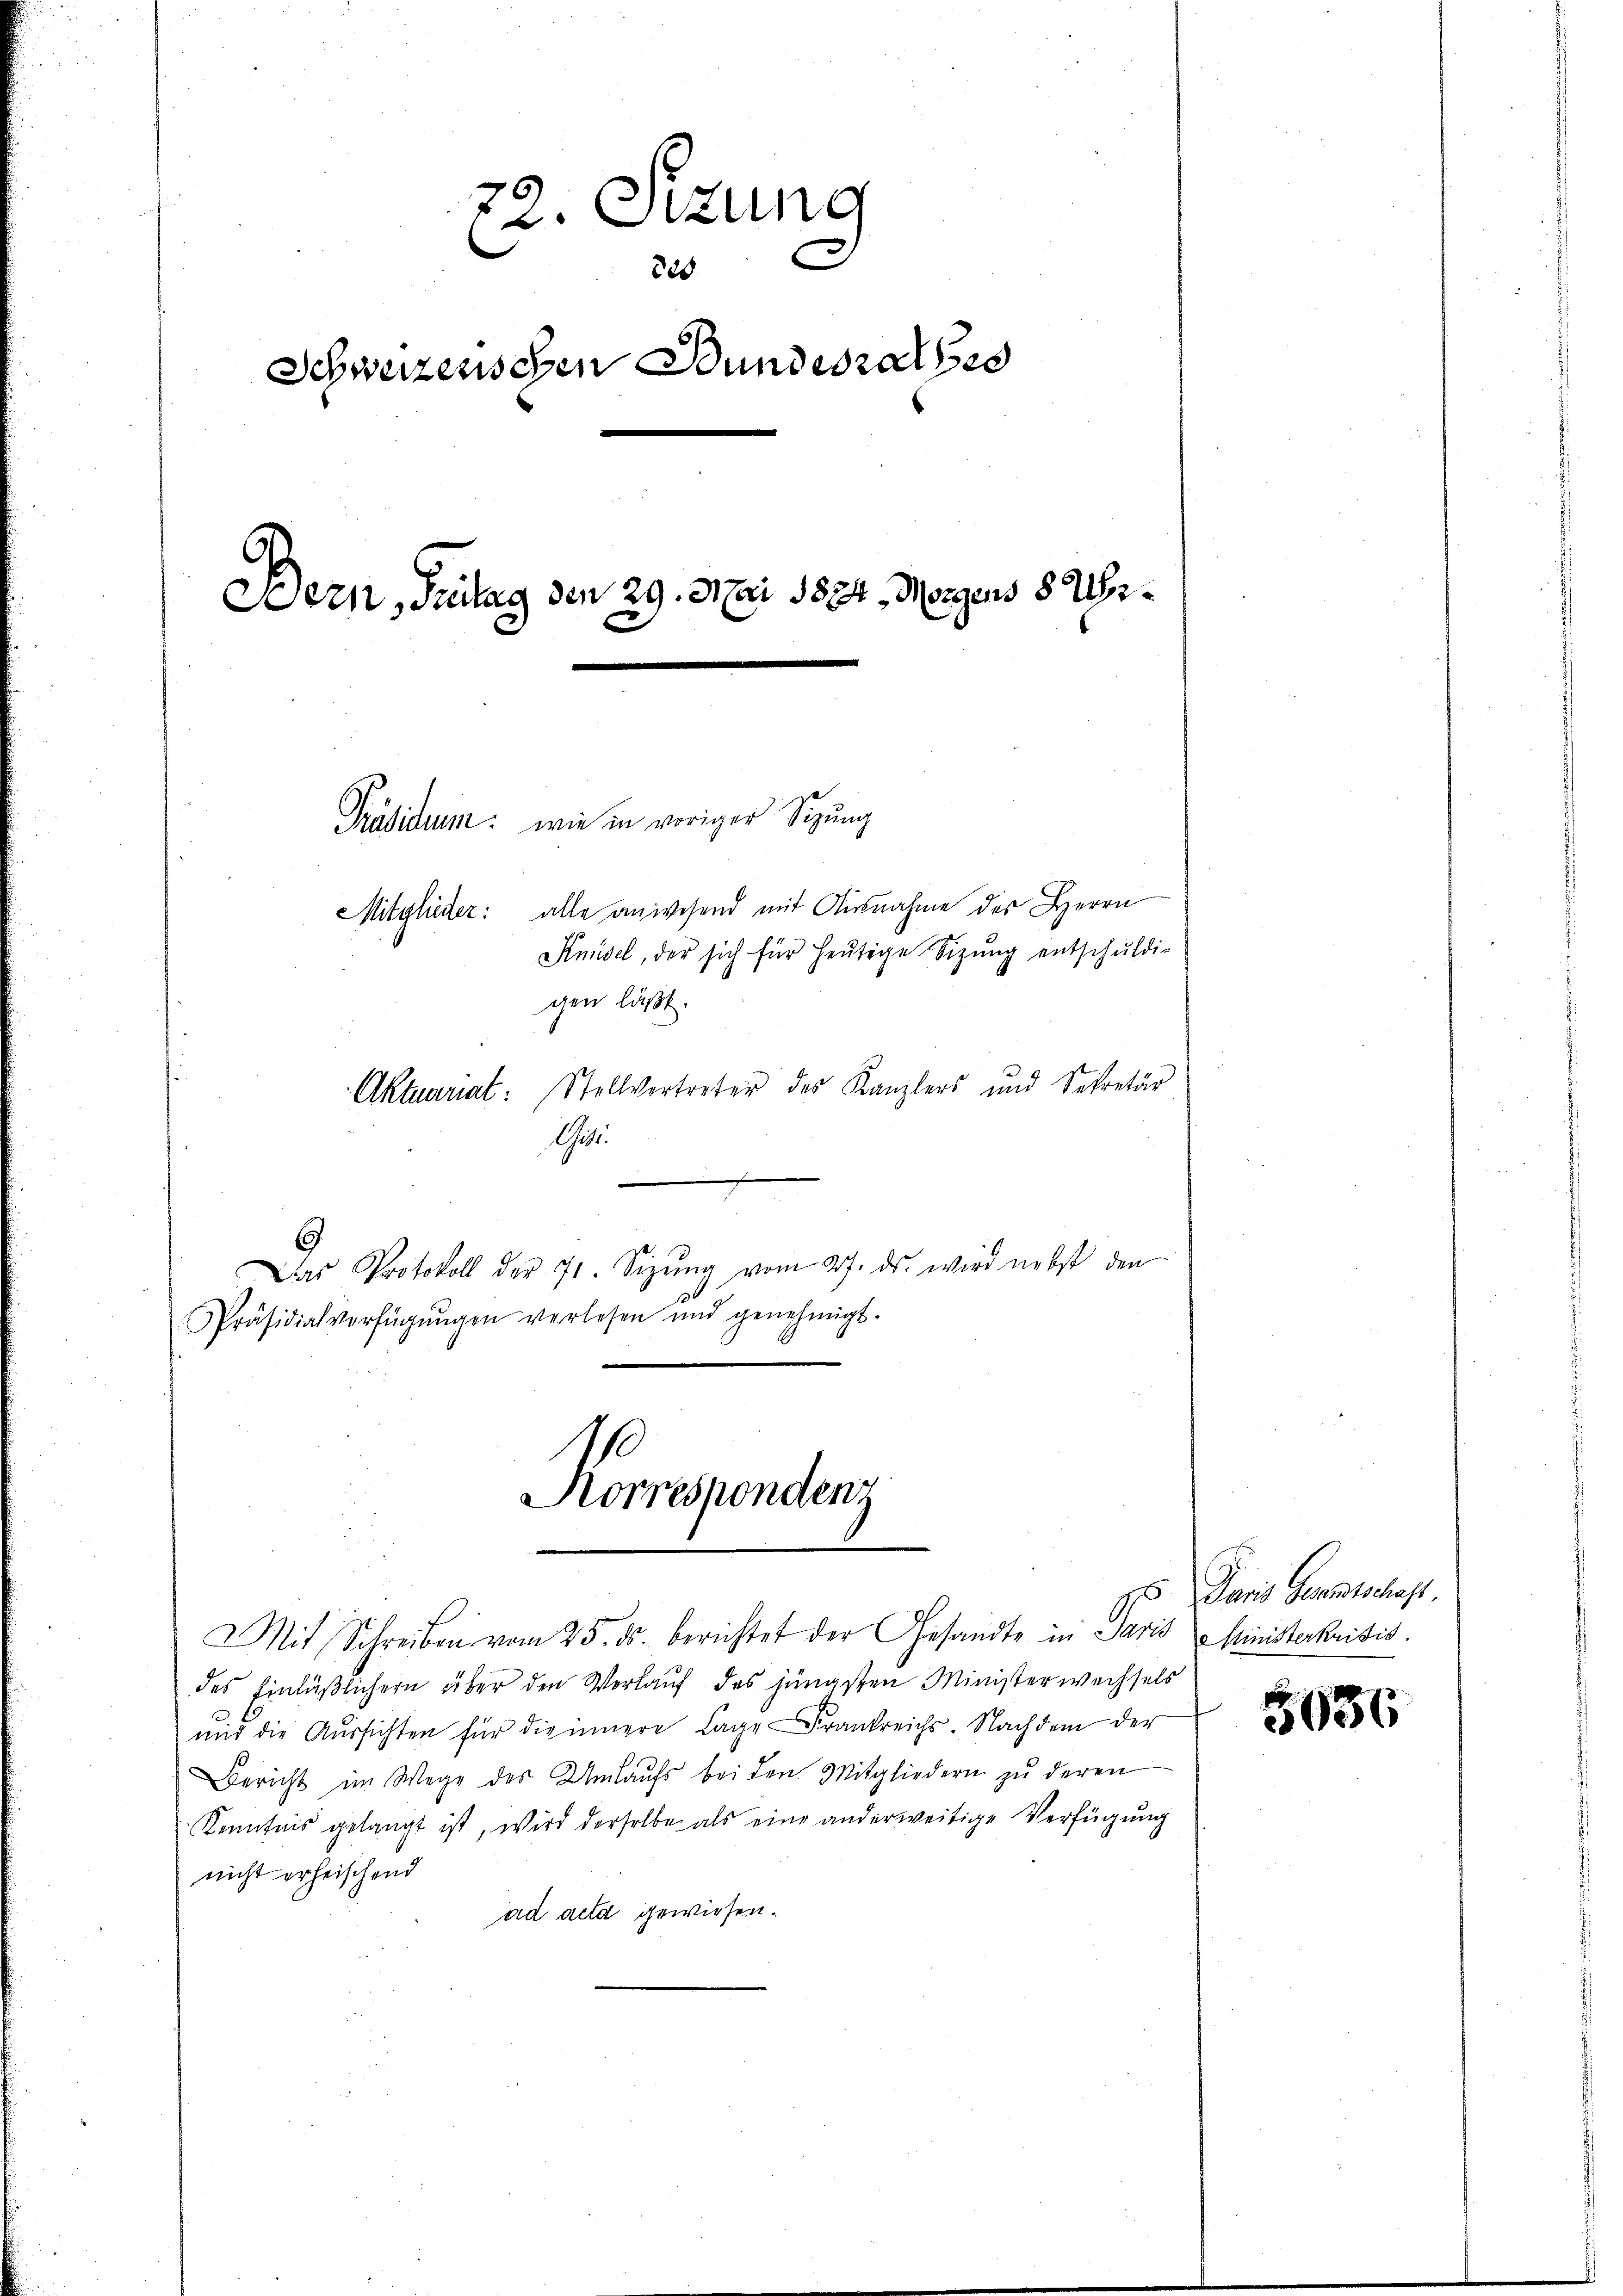
2. Sitzung
825
Schweizerischen Bundesrathes
Bern, Feitag den 29. Mai 1854, Morgens 8 Uhr¬

Präsidium: wie in voriger Sizung
gen läßt.

Mitglieder: alle anwesend mit Ausnahme des Herrn
Knüsel, der sich für heutige Sizung entschuldig
Aktuariat: Stellvertreter des Kanzlers und Sekretär
Ges.
.
Das Protokoll der 71. Sizŭng vom 27. ds. wird nebst den
Präsidialverfügŭngen verlesen und genehmigt.
Korrespondenz
Mit Schreiben vom 25. ds. berichtet der Gesandte in Paris Ministerkritis.
des Einläßlichern über den Verlauf des jüngsten Ministerwechsels
ŭnd die Aŭssichten für die innere Lage Frankreichs. Nachdem der
Bericht im Wege des Umlaufs bei den Mitgliedern zŭ deren
Kenntnis gelangt ist, wird derselbe als eine anderweitige Verfügung
nicht erheischend
ad acta gewiesen.

Paris Gesamtschaft.

5036